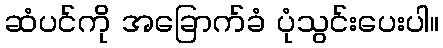
ဆံပင်ကို အခြောက်ခံ ပုံသွင်းပေးပါ။